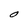
Character: O